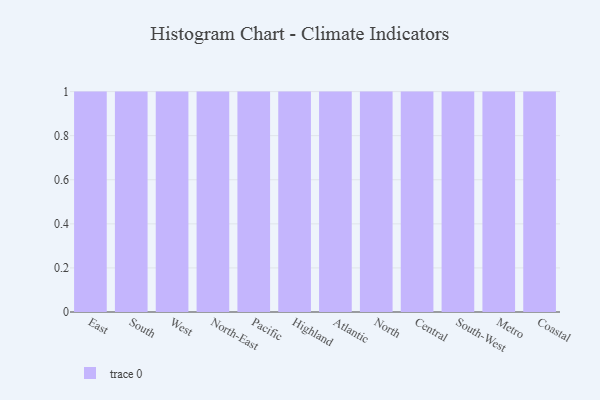
{"axis": {"x": "Region", "y": "Operating Costs (USD K)"}, "legend": [""], "data": [{"x": "East", "y": 31, "type": ""}, {"x": "South", "y": 3, "type": ""}, {"x": "West", "y": 41, "type": ""}, {"x": "North-East", "y": 69, "type": ""}, {"x": "Pacific", "y": 83, "type": ""}, {"x": "Highland", "y": 65, "type": ""}, {"x": "Atlantic", "y": 2, "type": ""}, {"x": "North", "y": 18, "type": ""}, {"x": "Central", "y": 43, "type": ""}, {"x": "South-West", "y": 88, "type": ""}, {"x": "Metro", "y": 72, "type": ""}, {"x": "Coastal", "y": 23, "type": ""}]}